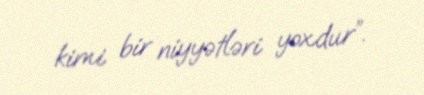
kimi bir niyyətləri yoxdur”.